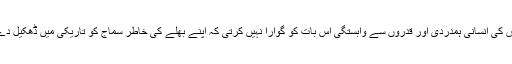
اُس کی انسانی ہمدردی اور قدروں سے وابستگی اس بات کو گوارا نہیں کرتی کہ اپنے بھلے کی خاطر سماج کو تاریکی میں ڈھکیل دے۔